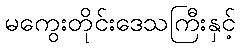
မကွေးတိုင်းဒေသကြီးနှင့်